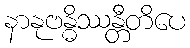
နာနုဗန္ဓိဿန္တီတိပေ